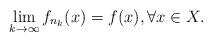
LaTeX: \begin{align*}\lim_{k\to\infty} f_{n_k}(x)=f(x),\forall x\in X.\end{align*}